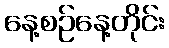
နေ့စဉ်နေ့တိုင်း